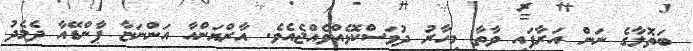
ބަތޮލާގެ ނަން އަރާފައި ވާތާ މިހާރު ދުވަސްކޮޅެއްވެއްޖެއެވެ. އާރްޔަންއާ އަންނަޏާ ޕާންޑޭއާ ދެމެދު